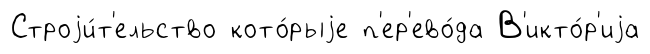
Строjи́т'ельство кото́рыjе п'ер'ево́да В'икто́р'иjа